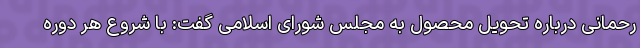
رحمانی درباره تحویل محصول به مجلس شورای اسلامی گفت: با شروع هر دوره